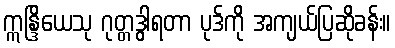
ဣန္ဒြိယေသု ဂုတ္တဒွါရတာ ပုဒ်ကို အကျယ်ပြဆိုခန်း။